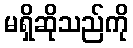
မရှိဆိုသည်ကို